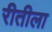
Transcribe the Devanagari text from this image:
रीतीला